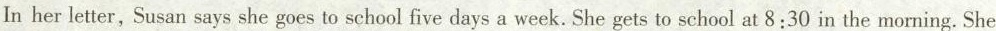
In her letter,Susan says she goes to school five days a week. She gets to school at 8:30 in the morning. She